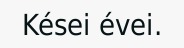
Kései évei.